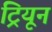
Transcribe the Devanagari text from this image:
ट्रियून